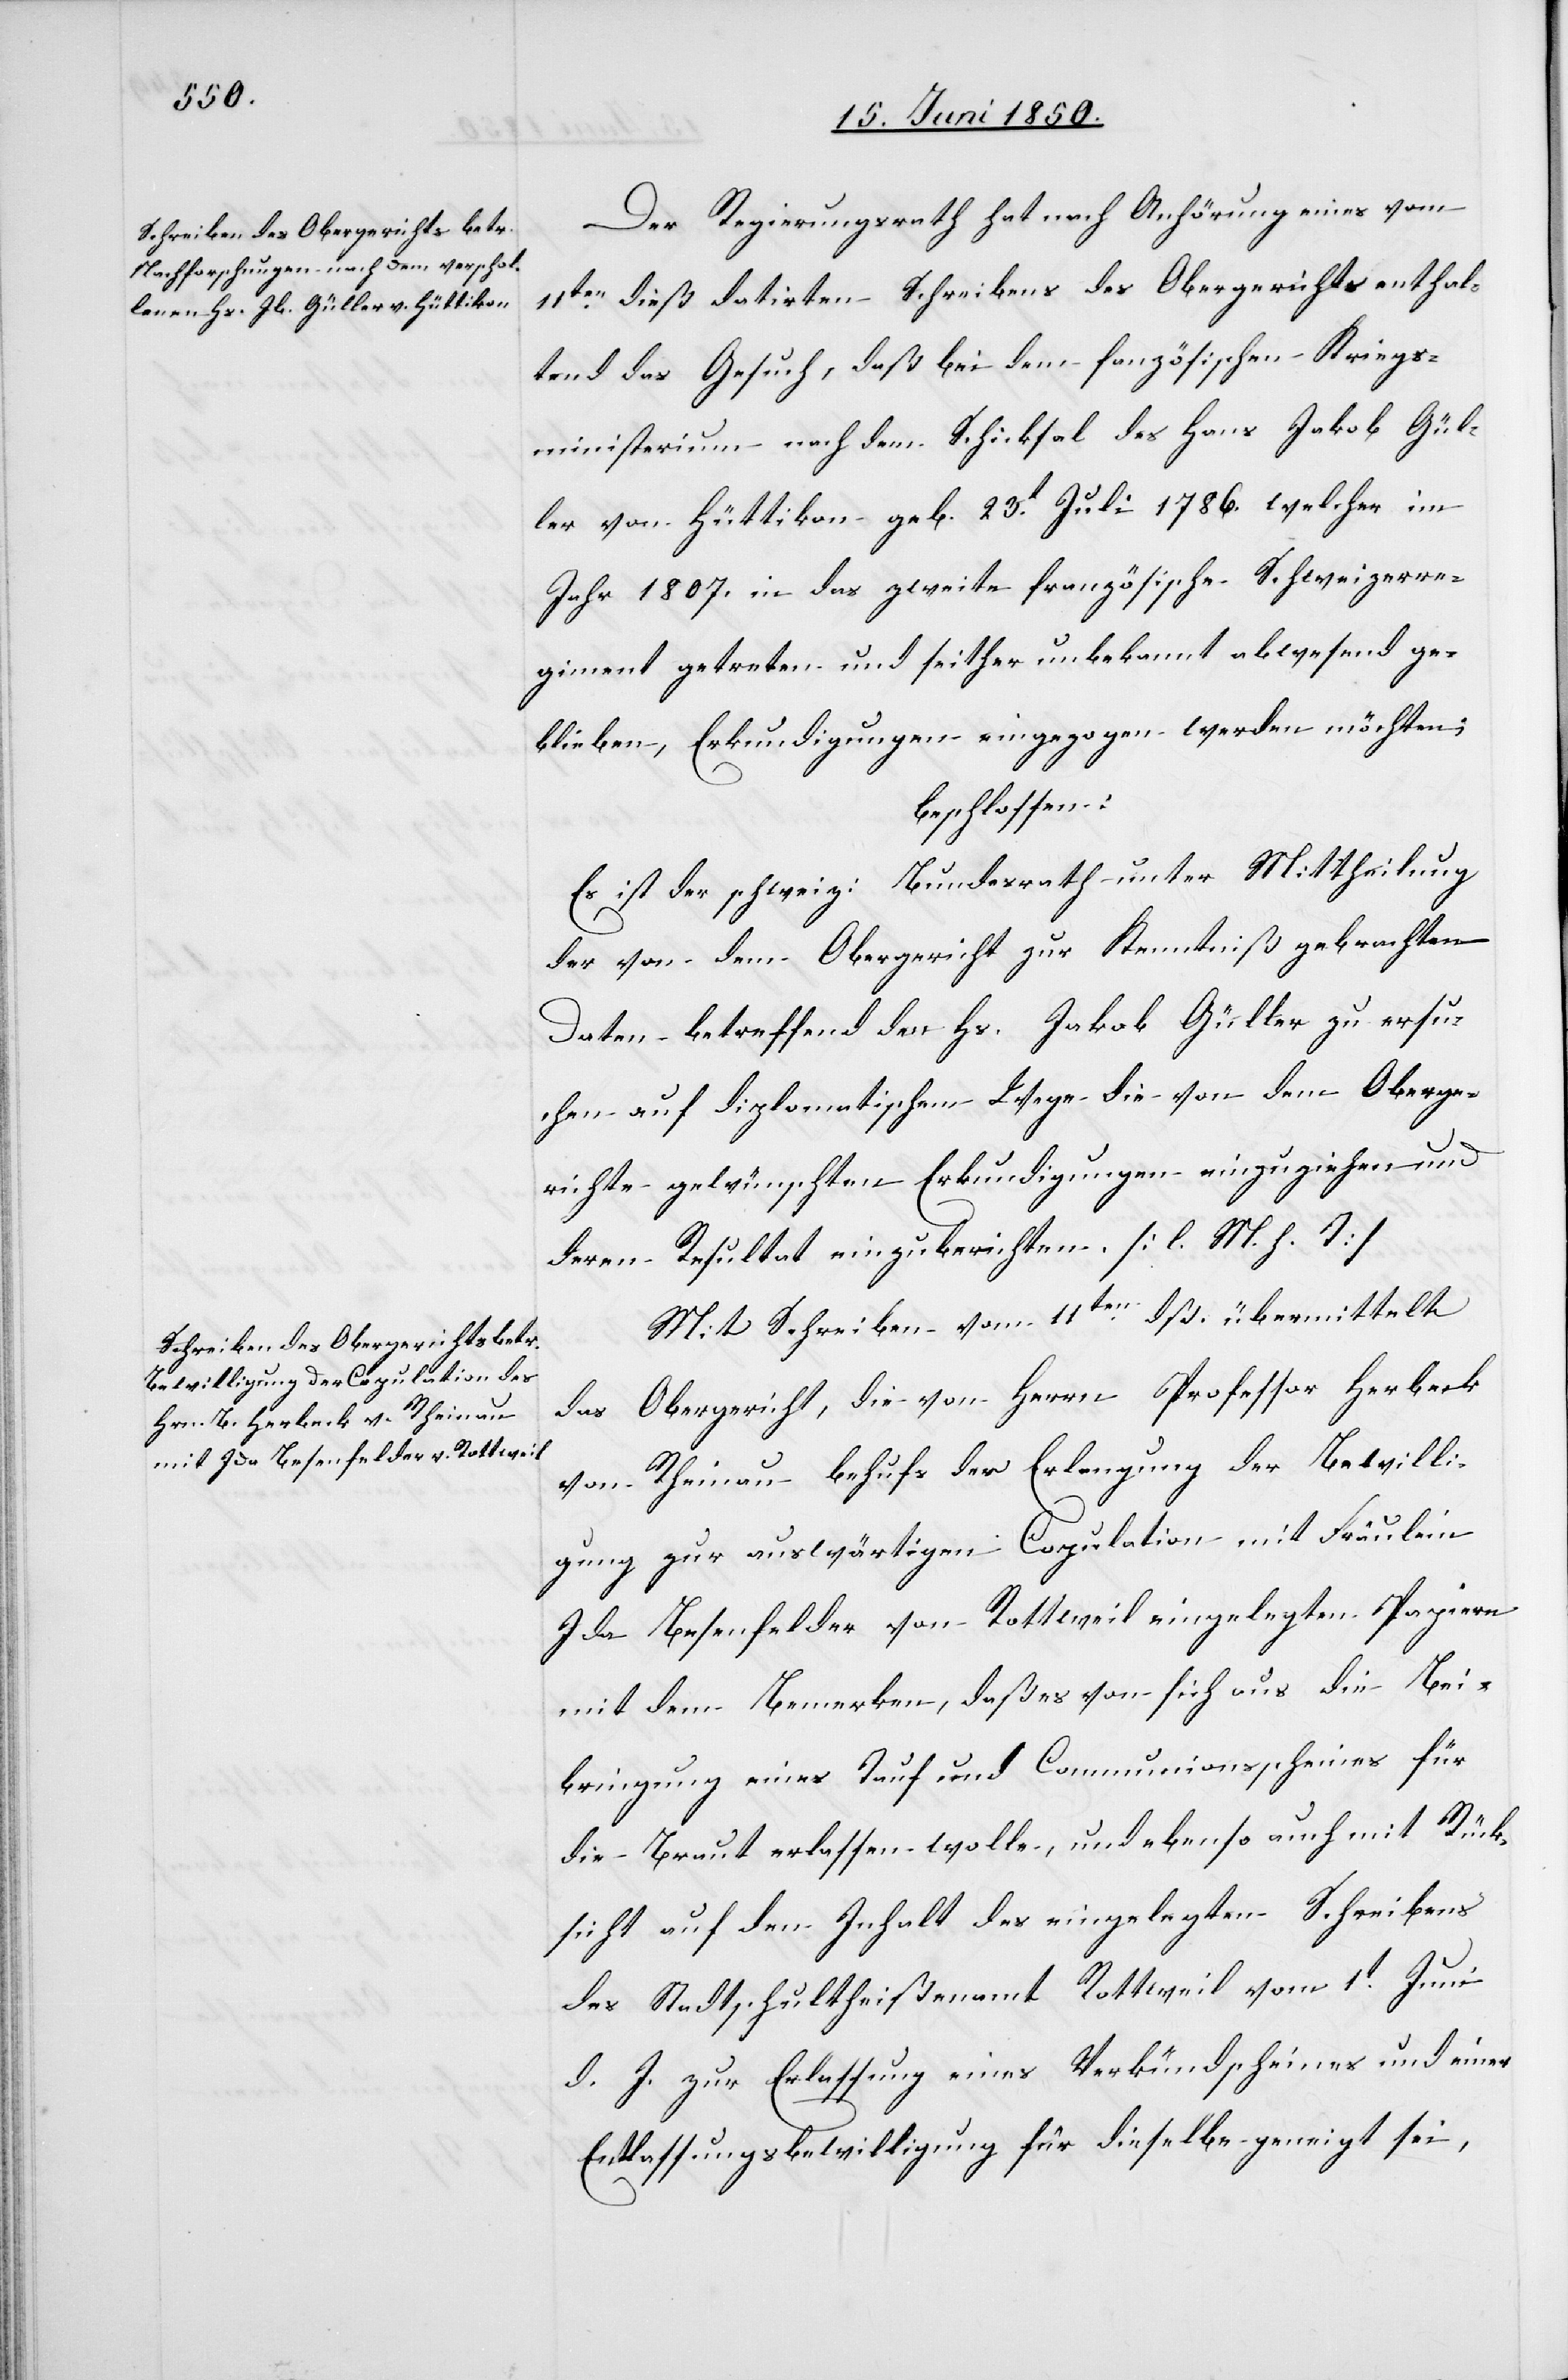
Der Regierungsrath hat nach Anhörung eines vom
11ten dieß datirten Schreibens des Obergerichts enthal¬
tend das Gesuch, daß bei dem f[r]anzösischen Kriegs¬
ministerium nach dem Schicksal des Hans Jakob Gül¬
ler von Hüttikon geb. 23t Juli 1786. welcher im
Jahr 1807. in das zweite französische Schweizerre¬
giment getreten und seither unbekannt abwesend ge¬
blieben, Erkundigungen eingezogen werden möchten;
beschlossen:
Es ist der schweiz: Bundesrath unter Mittheilung
der von dem Obergericht zur Kenntniß gebrachten
Daten betreffend den Hs. Jakob Güller zu ersu¬
chen auf diplomatischem Wege die von dem Oberge¬
richte gewünschten Erkundigungen einzuziehen und
deren Resultat einzuberichten. [l. M. h. T]
Mit Schreiben vom 11ten dß. übermittelt
das Obergericht, die von Herrn Professor Herbeck
von Rheinau behufs der Erlangung der Bewilli¬
gung zur auswärtigen Copulation mit Fräulein
Ida Besenfelder von Rottweil eingelegten Papiere
mit dem Bemerken, daß es von sich aus die Bei¬
bringung eines Tauf und Communionsscheines für
die Braut erlassen wolle, und ebenso auch mit Rück¬
sicht auf den Inhalt des eingelegten Schreibens
des Stadtschultheißenamt Rottweil vom 1t Juni
d. J. zur Erlassung eines Verkündscheines und einer
Entlassungsbewilligung für dieselbe geneigt sei,